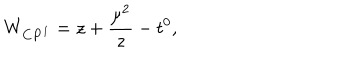
W _ { { \bf C P } ^ { 1 } } = z + { \frac { \mu ^ { 2 } } { z } } - t ^ { 0 } ,